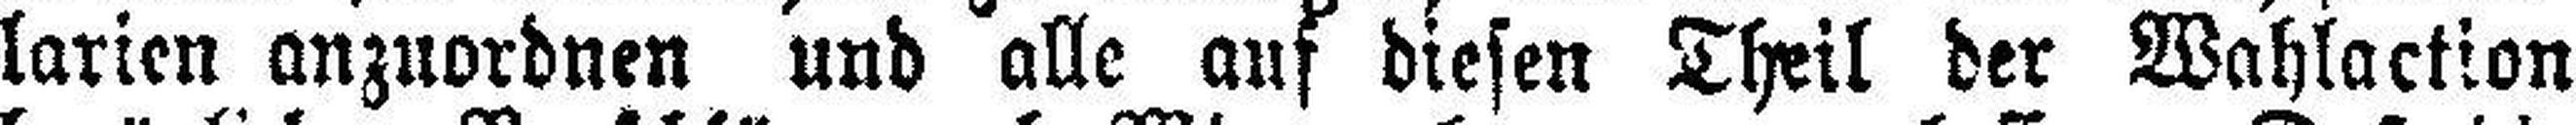
larien anzuordnen und alle auf diesen Theil der Wahlaction